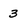
Character: 3